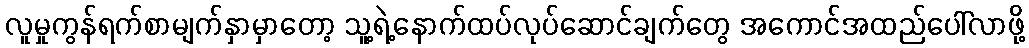
လူမှုကွန်ရက်စာမျက်နှာမှာတော့ သူ့ရဲ့နောက်ထပ်လုပ်ဆောင်ချက်တွေ အကောင်အထည်ပေါ်လာဖို့